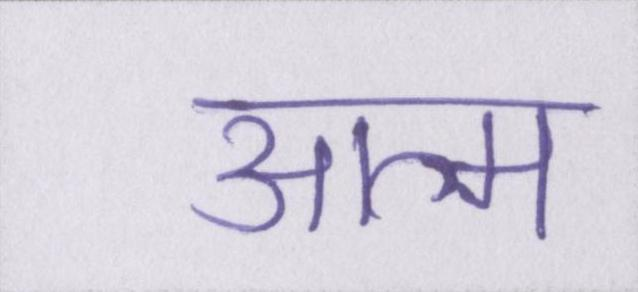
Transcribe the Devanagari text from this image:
आत्म